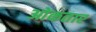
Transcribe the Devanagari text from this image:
ओकतार